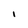
Character: I